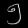
Digit: ၅